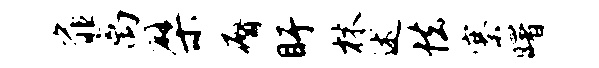
扉离檗瘠盱林述怯寨曙